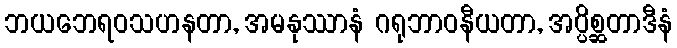
ဘယဘေရဝသဟနတာ, အမနုဿာနံ ဂရုဘာဝနီယတာ, အပ္ပိစ္ဆတာဒီနံ